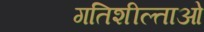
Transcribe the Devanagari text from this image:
गतिशील्ताओं